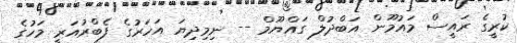
ކުރީގެ ރައީސް މައުމޫން އަބްދުލް ގައްޔޫމް -- ނިމިދިޔަ އަހަރުގެ ފެބްރުއަރީ މަހުގެ